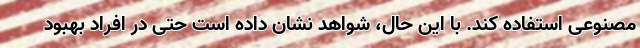
مصنوعی استفاده کند. با این حال، شواهد نشان داده است حتی در افراد بهبود